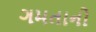
ગમતાનો